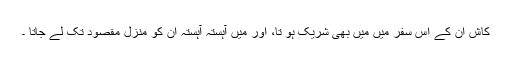
کاش ان کے اس سفر میں میں بھی شریک ہو تا، اور میں آہستہ آہستہ ان کو منزلِ مقصود تک لے جاتا ۔